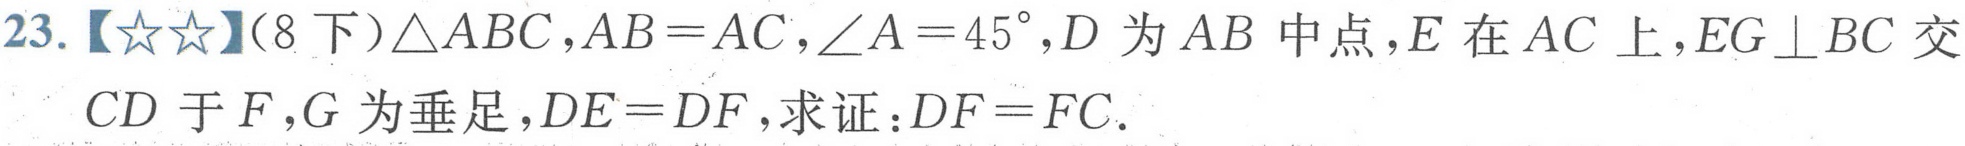
23.【\(☆☆\)】(8下)\(\triangle ABC\)，\(AB = AC\)，\(\angle A = 45^{\circ}\)，\(D\)为\(AB\)中点，\(E\)在\(AC\)上，\(EG\perp BC\)交\(CD\)于\(F\)，\(G\)为垂足，\(DE = DF\)，求证：\(DF = FC\).